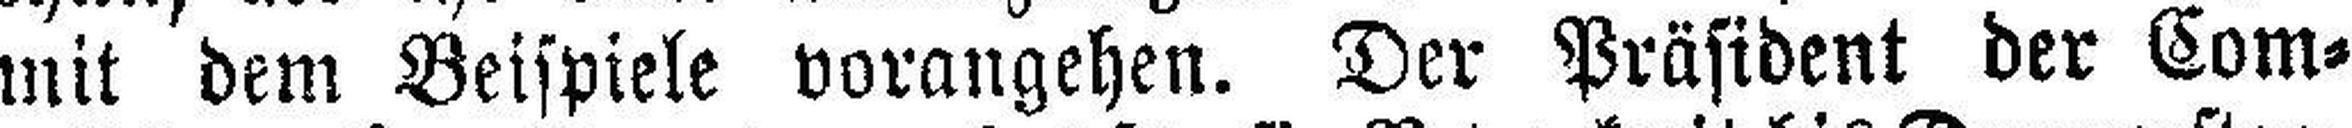
mit dem Beispiele vorangehen. Der Präsident der Com¬